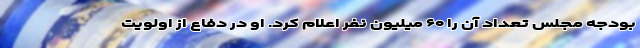
بودجه مجلس تعداد آن را ۶۰ میلیون نفر اعلام کرد. او در دفاع از اولویت